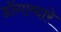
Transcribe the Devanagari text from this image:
डोंगाव्दारे